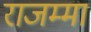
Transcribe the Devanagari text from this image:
राजम्मा